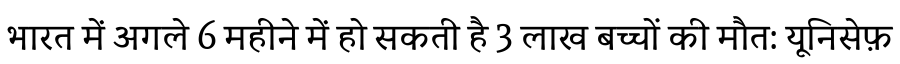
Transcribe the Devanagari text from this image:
भारत में अगले 6 महीने में हो सकती है 3 लाख बच्चों की मौत: यूनिसेफ़